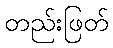
တည်းဖြတ်